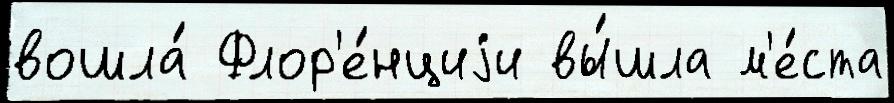
вошла́ Флор'е́нциjи вы́шла м'е́ста